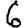
Digit: 6